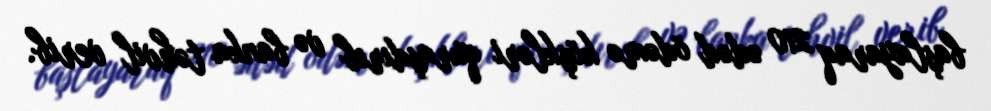
başlayaraq 210 ədəd ödəmə köşkləri quraşdırıb və banka təhvil verib.